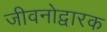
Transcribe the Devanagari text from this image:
जीवनोद्वारक